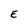
Character: E